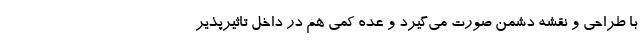
با طراحی و نقشه دشمن صورت می‌گیرد و عده کمی هم در داخل تاثیرپذیر